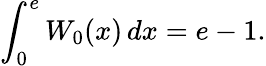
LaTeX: \int_{0}^{e}W_{0}(x)\, dx=e-1.